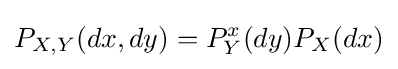
P_{X,Y}(dx,dy)=P_{Y}^{x}(dy)P_{X}(dx)